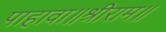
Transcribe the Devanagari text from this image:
पाहावा॥श्रीराम॥